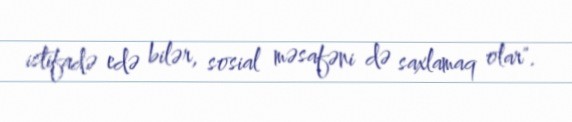
istifadə edə bilər, sosial məsafəni də saxlamaq olar".